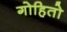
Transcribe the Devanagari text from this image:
गोहितो